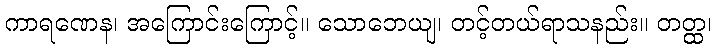
ကာရဏေန၊ အကြောင်းကြောင့်။ သောဘေယျ၊ တင့်တယ်ရာသနည်း။ တတ္ထ၊